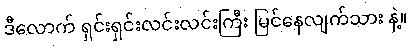
ဒီလောက် ရှင်းရှင်းလင်းလင်းကြီး မြင်နေလျက်သား နဲ့။